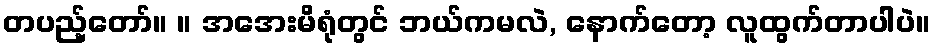
တပည့်တော်။ ။ အအေးမိရုံတွင် ဘယ်ကမလဲ, နောက်တော့ လူထွက်တာပါပဲ။